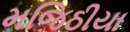
મજિઠીયા